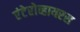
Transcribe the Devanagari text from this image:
एंटेरोव्हायरस